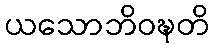
ယသောဘိဝဍ္ဎတိ